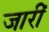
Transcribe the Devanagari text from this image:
जारीं